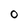
Character: 0